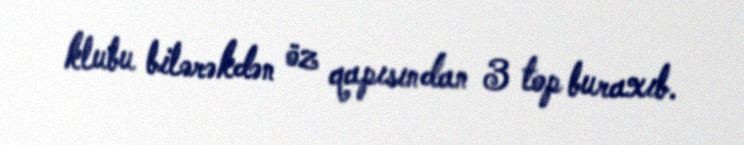
klubu bilərəkdən öz qapısından 3 top buraxıb.